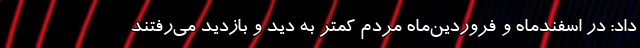
داد: در اسفندماه و فروردین‌ماه مردم کمتر به دید و بازدید می‌رفتند